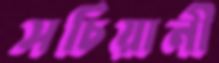
সচিয়ানী